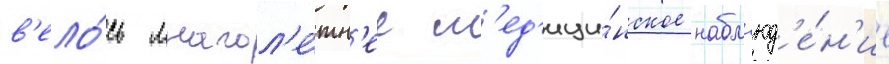
в'ело́сь многол'е́тн'ее м'ед'ици́нское набл'юд'е́н'ие